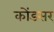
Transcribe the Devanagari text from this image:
कोंडसर